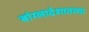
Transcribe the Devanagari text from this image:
बांग्लादेशातल्या